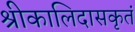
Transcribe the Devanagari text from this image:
श्रीकालिदासकृतं